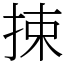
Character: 捒